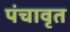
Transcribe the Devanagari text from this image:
पंचावृत